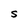
Character: S